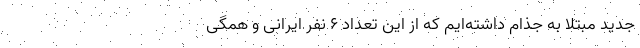
جدید مبتلا به جذام داشته‌ایم که از این تعداد ۶ نفر ایرانی و همگی